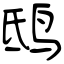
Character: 鸱